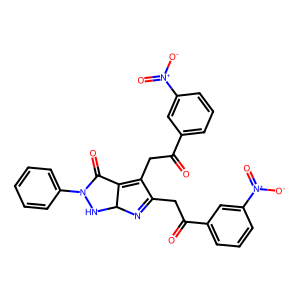
SMILES: O=C(CC1=NC2NN(c3ccccc3)C(=O)C2=C1CC(=O)c1cccc([N+](=O)[O-])c1)c1cccc([N+](=O)[O-])c1
Inhibits HIV replication: No